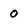
Character: 0